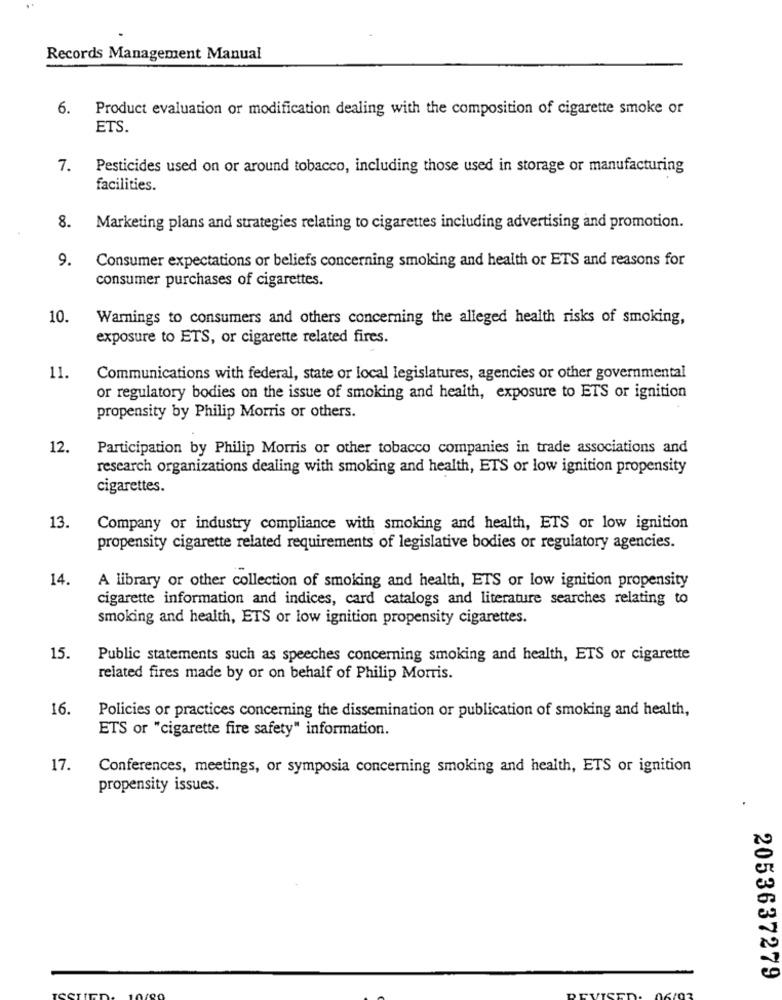
Records Management Manual
6. Product evaluation or modification dealing with the composition of cigarette smoke or
ETS.
7. Pesticides used on or around tobacco, including those used in storage or manufacturing
facilities.
8. Marketing plans and strategies relating to cigarettes including advertising and promotion.
9.
Consumer expectations or beliefs concerning smoking and health or ETS and reasons for
consumer purchases of cigarettes.
10.
Warnings to consumers and others concerning the alleged health risks of smoking,
exposure to ETS, or cigarette related fires.
11.
Communications with federal, state or local legislatures, agencies or other governmental
or regulatory bodies on the issue of smoking and health, exposure to ETS or ignition
propensity by Philip Morris or others.
12.
Participation by Philip Morris or other tobacco companies in trade associations and
research organizations dealing with smoking and health, ETS or low ignition propensity
cigarettes.
13.
Company or industry compliance with smoking and health, ETS or low ignition
propensity cigarette related requirements of legislative bodies or regulatory agencies.
14.
A library or other collection of smoking and health, ETS or low ignition propensity
cigarette information and indices, card catalogs and literature searches relating to
smoking and health, ETS or low ignition propensity cigarettes.
15.
Public statements such as speeches concerning smoking and health, ETS or cigarette
related fires made by or on behalf of Philip Morris.
16.
Policies or practices concerning the dissemination or publication of smoking and health,
ETS or "cigarette fire safety" information.
17.
Conferences, meetings, or symposia concerning smoking and health, ETS or ignition
propensity issues.
2053637279